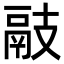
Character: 䰙